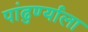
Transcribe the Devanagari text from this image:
पांढुर्ण्याला